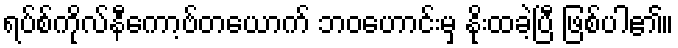
ရပ်စ်ကိုလ်နီကော့ဗ်တယောက် ဘဝဟောင်းမှ နိုးထခဲ့ပြီ ဖြစ်ပါ၏။